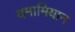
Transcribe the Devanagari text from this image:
दमामियान